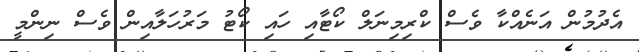
އެދުމުން އަނެއްކާ ވެސް ކްރިމިނަލް ކޯޓާއި ހައި ކޯޓު މަރުހަލާއިން ވެސް ނިންމީ